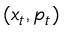
( x _ { t } , p _ { t } )